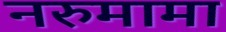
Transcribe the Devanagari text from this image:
नरुमामा